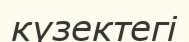
күзектегі